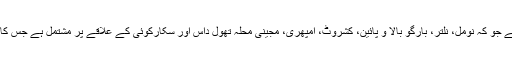
ہرالی گلگت کے مضافات میں واقع ہے جو کہ نومل، نلتر، بارگو بالا و پائین، کشروٹ، امپھری، مجینی محلہ تھول داس اور سکارکوئی کے علاقے پر مشتمل ہے جس کا کل رقبہ 406مربع کلومیٹر بنتا ہے۔